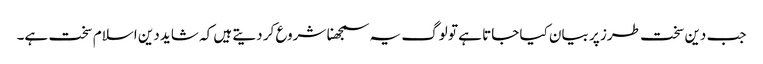
جب دین سخت طرز پر بیان کیا جاتا ہے تو لوگ یہ سمجھنا شروع کر دیتے ہیں کہ شاید دین اسلام سخت ہے۔